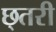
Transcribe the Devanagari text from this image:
छ्तरी